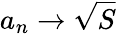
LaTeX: a_{n}\rightarrow{\sqrt{S}}